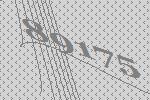
89175